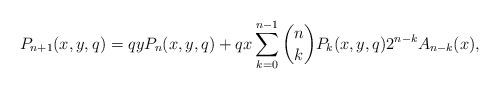
LaTeX: \begin{align*}P_{n+1}(x,y,q)=qyP_n(x,y,q)+qx\sum_{k=0}^{n-1}\binom{n}{k}P_k(x,y,q)2^{n-k}A_{n-k}(x),\end{align*}